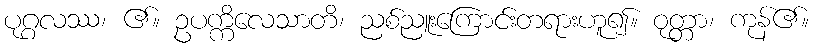
ပုဂ္ဂလဿ၊ ၏။ ဥပက္ကိလေသာတိ၊ ညစ်ညူးကြောင်းတရားဟူ၍။ ဝုတ္တာ၊ ကုန်၏။